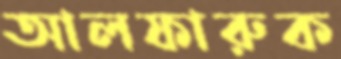
আলফারুক